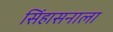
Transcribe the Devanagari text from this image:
सिंहासनाला